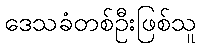
ဒေသခံတစ်ဦးဖြစ်သူ